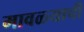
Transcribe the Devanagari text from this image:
मावळ्याची